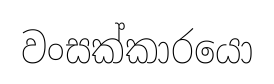
වංසක්කාරයො